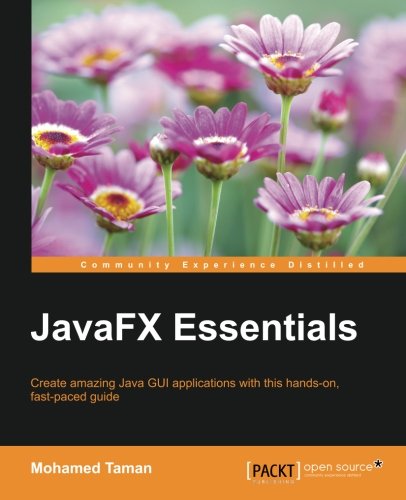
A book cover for JavaFX Essentials; Mohamed Taman; Computers & Technology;